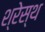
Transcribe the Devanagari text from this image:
श्रेस्थ